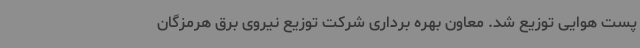
پست هوایی توزیع شد. معاون بهره برداری شرکت توزیع نیروی برق هرمزگان